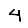
Digit: 4